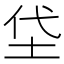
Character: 垈